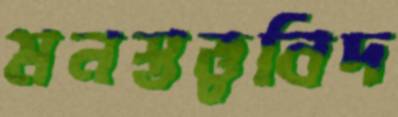
মনস্তত্ত্ববিদ